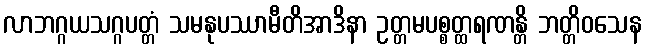
လာဘဂ္ဂယသဂ္ဂပတ္တံ သမနုပဿာမီတိအာဒိနာ ဥတ္တမပစ္စတ္ထရဏန္တိ ဘတ္တိဝသေန